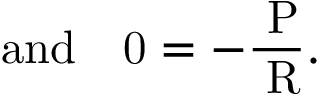
\mathrm { { a n d ~ ~ ~ } 0 = - \frac { \partial P } { \partial R } . }